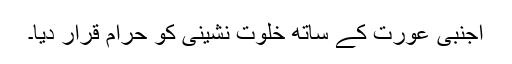
اجنبی عورت کے ساتھ خلوت نشینی کو حرام قرار دیا۔